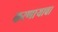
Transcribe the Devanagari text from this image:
करणाऱ्याचा